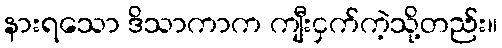
နားရသော ဒိသာကာက ကျီးငှက်ကဲ့သို့တည်း။